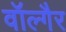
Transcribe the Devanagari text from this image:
वॉल्गैर